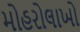
મોહરોલાખો